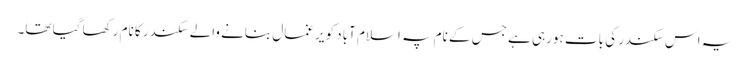
یہ اس سکندر کی بات ہورہی ہے جس کے نام پہ اسلام آباد کو یرغمال بنانے والے سکندر کا نام رکھا گیا تھا۔